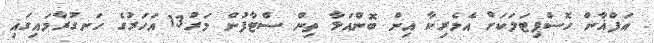
އަފްޣާން ހޮސްޕިޓަލަކަށް އެމެރިކާ އިން ބޮންއަޅާ ތިން ސްޓާފުން މަރު13 އަހަރުގެ ހަނގުރާމައިގައި